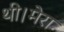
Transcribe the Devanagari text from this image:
थी।मेरा